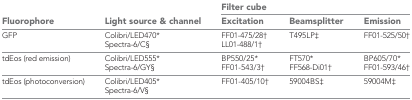
| <ROWSPAN=2> Fluorophore | <ROWSPAN=2> Light source & channel | <COLSPAN=3> Filter cube |
 | Excitation | Beamsplitter | Emission |
 | --- | --- | --- | --- | --- |
 | GFP | Colibri/LED470* Spectra-6/C§ | FF01-475/28† LL01-488/1† | T495LP‡ | FF01-525/50† |
 | tdEos (red emission) | Colibri/LED555* Spectra-6/GY§ | BP550/25* FF01-543/3† | FT570* FF568-Di01† | BP605/70* FF01-593/46† |
 | tdEos (photoconversion) | Colibri/LED405* Spectra-6/V§ | FF01-405/10† | 59004BS‡ | 59004M‡ |